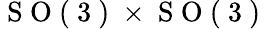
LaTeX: \mathrm{~S~O~(~3~)~}\times\mathrm{~S~O~(~3~)~}